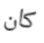
كان